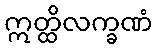
ဣတ္ထိလက္ခဏံ